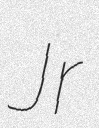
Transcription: Jr